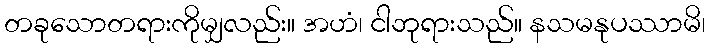
တခုသောတရားကိုမျှလည်း။ အဟံ၊ ငါဘုရားသည်။ နသမနုပဿာမိ၊